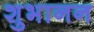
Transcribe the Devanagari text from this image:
शुभानन